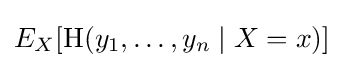
E_{X}[\mathrm {H} (y_{1},\dots ,y_{n}\mid X=x)]